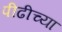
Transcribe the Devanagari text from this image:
पीढीच्या